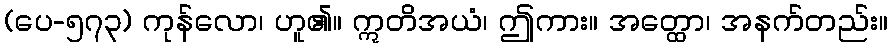
(ပေ-၅၇၃) ကုန်လော၊ ဟူ၏။ ဣတိအယံ၊ ဤကား။ အတ္ထော၊ အနက်တည်း။